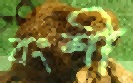
বংশী